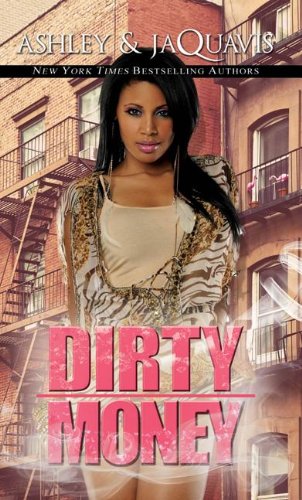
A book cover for Dirty Money (Urban Books); Ashley and JaQuavis; Literature & Fiction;